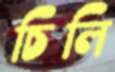
চিলি